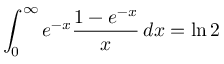
\int _ { 0 } ^ { \infty } e ^ { - x } { \frac { 1 - e ^ { - x } } { x } } \, d x = \ln 2